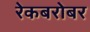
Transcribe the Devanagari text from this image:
रेकबरोबर